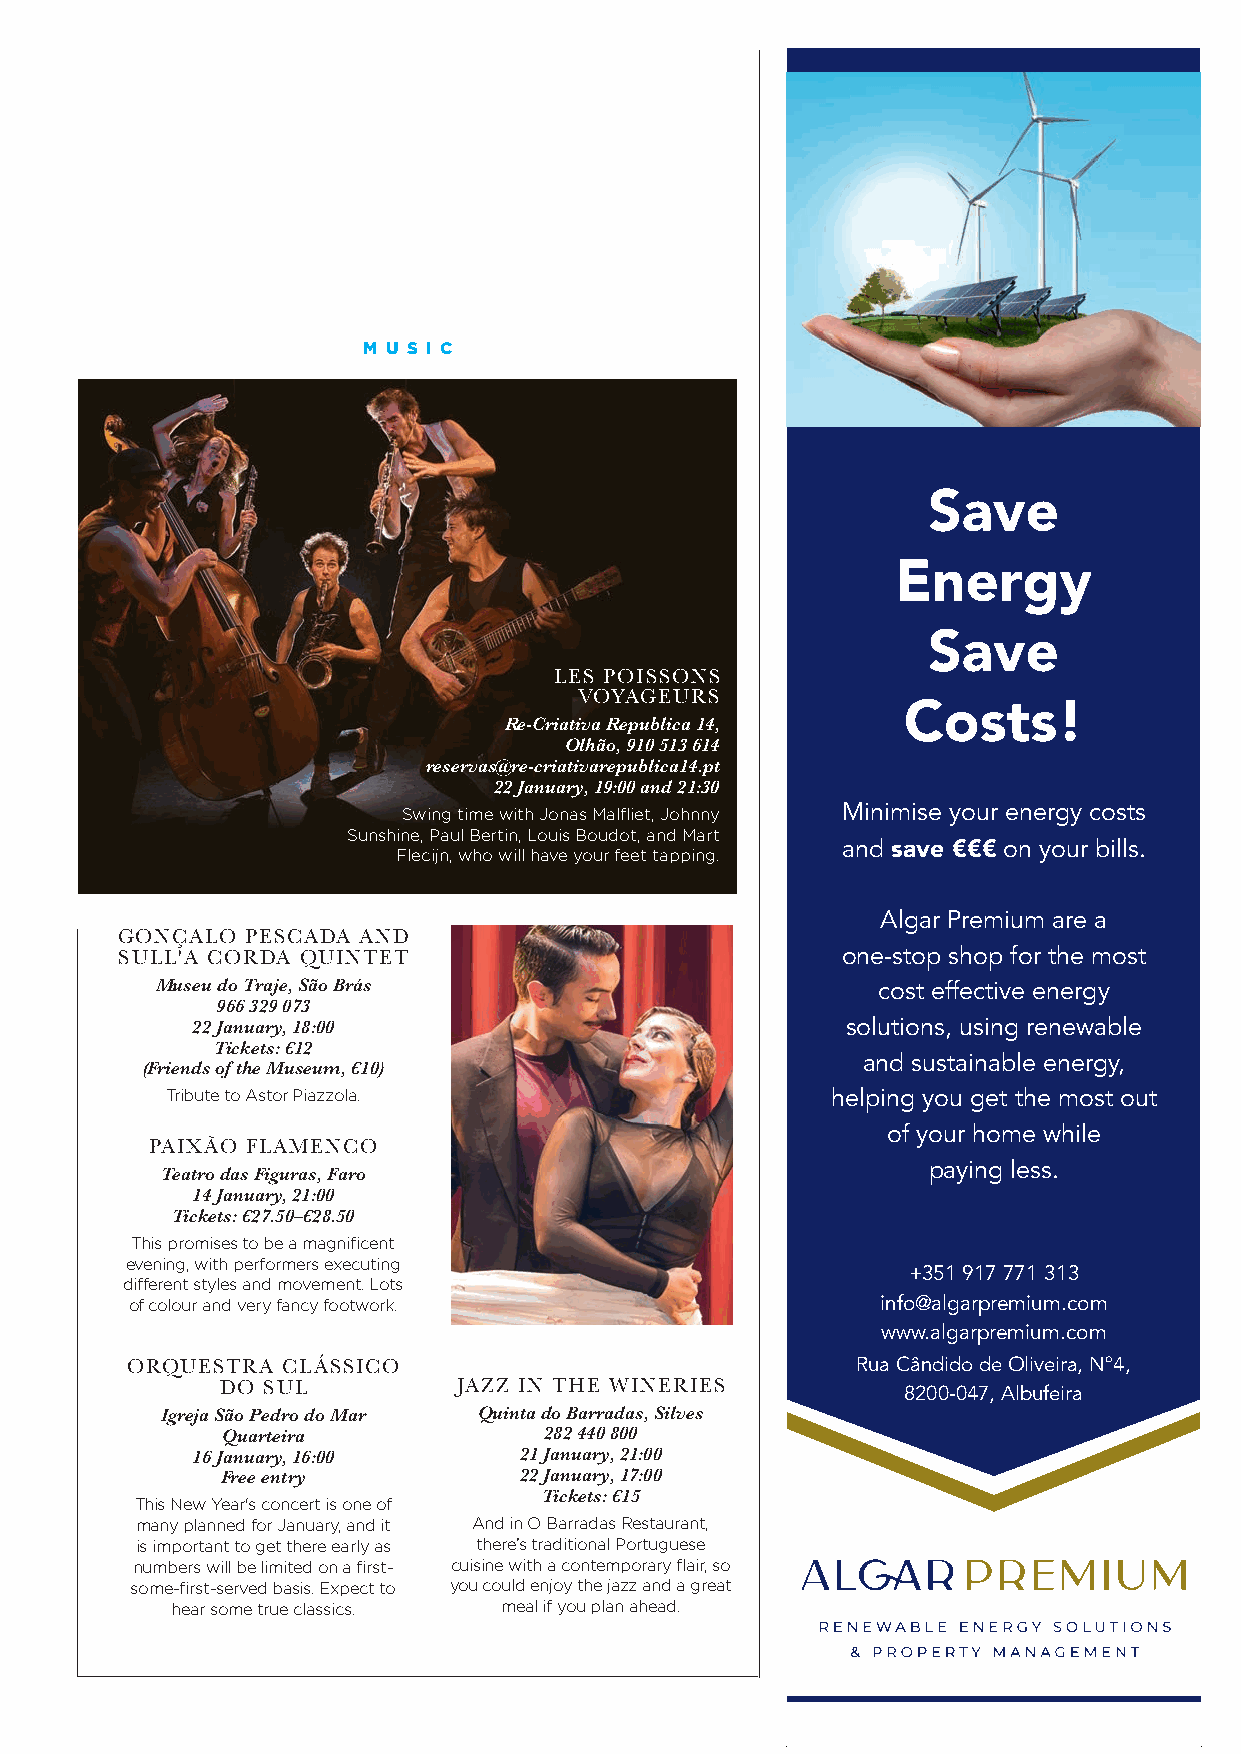
M U S I C
 Save
 Energy
 Save
 LES POISSONS
 VOYAGEURS
 Costs!
 Re-Criativa Republica 14,
 Olhão, 910 513 614
 reservas@re-criativarepublica14.pt
 22 January, 19:00 and 21:30
 Swing time with Jonas Malfliet, Johnny Minimise your energy costs
 Sunshine, Paul Bertin, Louis Boudot, and Mart
 and save €€€ on your bills.
 Flecijn, who will have your feet tapping.
 Algar Premium are a
 GONÇALO PESCADA AND
 SULL'A CORDA QUINTET                            one-stop shop for the most
 Museu do Traje, São Brás                        cost effective energy
 966 329 073
 22 January, 18:00                          solutions, using renewable
 Tickets: €12
 and sustainable energy,
 (Friends of the Museum, €10)
 Tribute to Astor Piazzola.                  helping you get the most out
 of your home while
 PAIXÃO FLAMENCO
 paying less.
 Teatro das Figuras, Faro
 14 January, 21:00
 Tickets: €27.50–€28.50
 This promises to be a magnificent
 evening, with performers executing
 +351 917 771 313
 different styles and movement. Lots
 of colour and very fancy footwork.               info@algarpremium.com
 www.algarpremium.com
 ORQUESTRA  CLÁSSICO                              Rua Cândido de Oliveira, Nº4,
 DO SUL         JAZZ IN THE WINERIES          8200-047, Albufeira
 Igreja São Pedro do Mar Quinta do Barradas, Silves
 Quarteira            282 440 800
 16 January, 16:00    21 January, 21:00
 Free entry         22 January, 17:00
 Tickets: €15
 This New Year's concert is one of
 many planned for January, and it And in O Barradas Restaurant,
 is important to get there early as there’s traditional Portuguese
 numbers will be limited on a first- cuisine with a contemporary flair, so
 some-first-served basis. Expect to you could enjoy the jazz and a great
 hear some true classics. meal if you plan ahead.